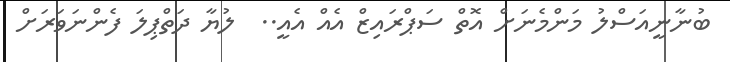
ބުނާނީއަސްލު މަންމެނަށް އޮތް ސަޕްރައިޒް އެއް އެއީ..  ލުޔާ ދަތްޕިލަ ފެންނަވަރަށް